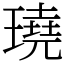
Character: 𤩊